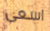
اسعى